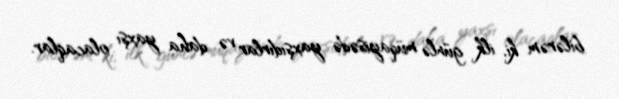
bilərəm ki, ilk günlə müqayisədə yaxşıdırlar və daha yaxşı olacaqlar.